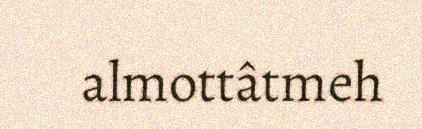
almottâtmeh